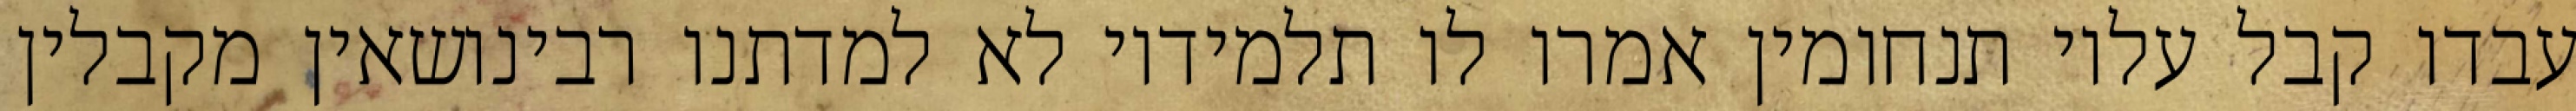
עבדו קבל עליו תנחומין אמרו לו תלמידיו לא למדתנו רבינושאין מקבלין